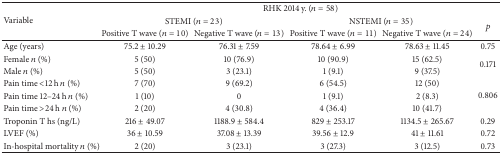
| <ROWSPAN=3> Variable | <COLSPAN=5> RHK 2014 y. (n = 58) |
 | <COLSPAN=2> STEMI (n = 23) | <COLSPAN=2> NSTEMI (n = 35) | <ROWSPAN=2> p |
 | Positive T wave (n = 10) | Negative T wave (n = 13) | Positive T wave (n = 11) | Negative T wave (n = 24) |
 | --- | --- | --- | --- | --- | --- |
 | Age (years) | 75.2 ± 10.29 | 76.31 ± 7.59 | 78.64 ± 6.99 | 78.63 ± 11.45 | 0.75 |
 | Female n (%) | 5 (50) | 10 (76.9) | 10 (90.9) | 15 (62.5) | <ROWSPAN=2> 0.171 |
 | Male n (%) | 5 (50) | 3 (23.1) | 1 (9.1) | 9 (37.5) |
 | Pain time <12 h n (%) | 7 (70) | 9 (69.2) | 6 (54.5) | 12 (50) | <ROWSPAN=3> 0.806 |
 | Pain time 12–24 h n (%) | 1 (10) | 0 | 1 (9.1) | 2 (8.3) |
 | Pain time >24 h n (%) | 2 (20) | 4 (30.8) | 4 (36.4) | 10 (41.7) |
 | Troponin T hs (ng/L) | 216 ± 49.07 | 1188.9 ± 584.4 | 829 ± 253.17 | 1134.5 ± 265.67 | 0.29 |
 | LVEF (%) | 36 ± 10.59 | 37.08 ± 13.39 | 39.56 ± 12.9 | 41 ± 11.61 | 0.72 |
 | In-hospital mortality n (%) | 2 (20) | 3 (23.1) | 3 (27.3) | 3 (12.5) | 0.73 |